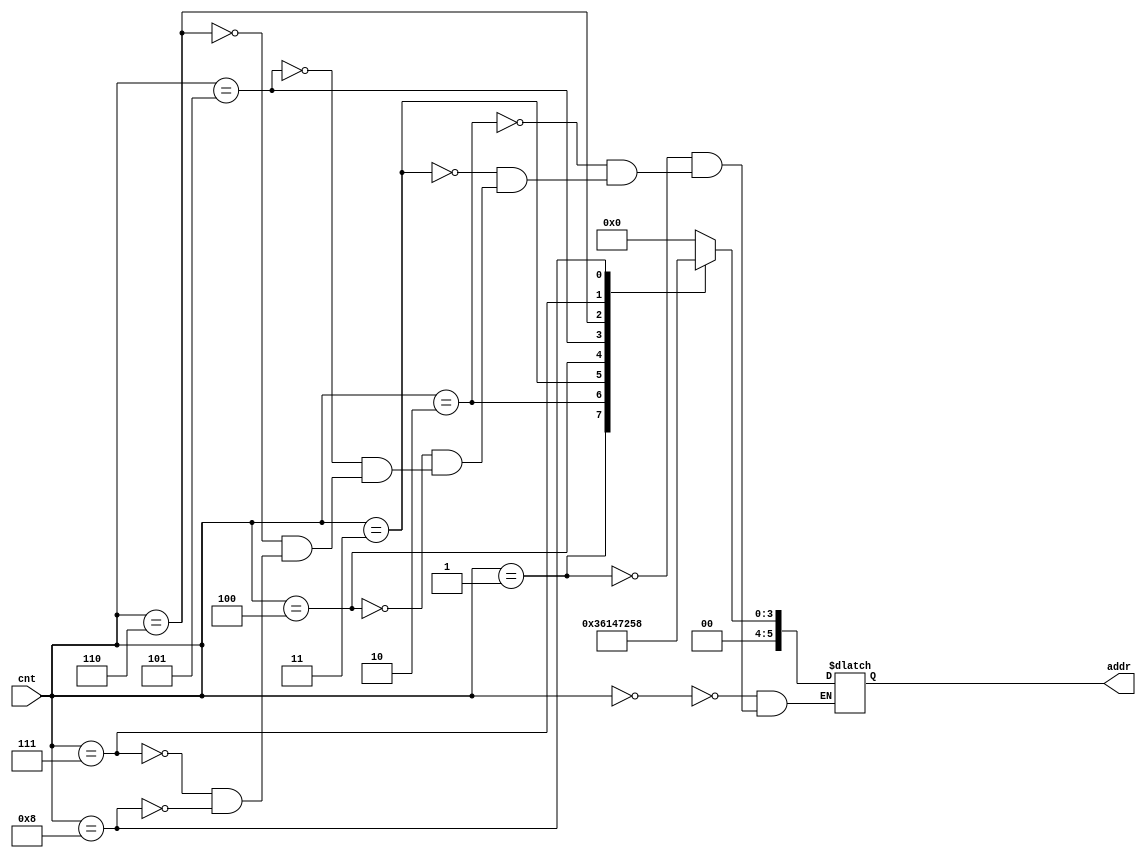
module SA_weight_address_decoder(
    input [3:0] cnt,
    output reg [5:0] addr
);
    always @(*) begin
        case(cnt)
            4'b0000 : addr = 6'b00_0000; //0
            4'b0001 : addr = 6'b00_0011; //3
            4'b0010 : addr = 6'b00_0110; //6
            4'b0011 : addr = 6'b00_0001; //1
            4'b0100 : addr = 6'b00_0100; //4
            4'b0101 : addr = 6'b00_0111; //7
            4'b0110 : addr = 6'b00_0010; //2
            4'b0111 : addr = 6'b00_0101; //5
            4'b1000 : addr = 6'b00_1000; //8
        endcase
    end

endmodule